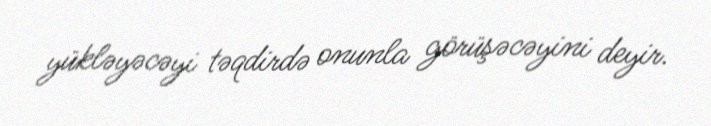
yükləyəcəyi təqdirdə onunla görüşəcəyini deyir.